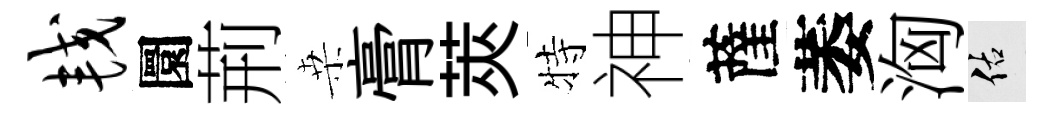
较圜荊桒膏莢特神薩萎洶佑